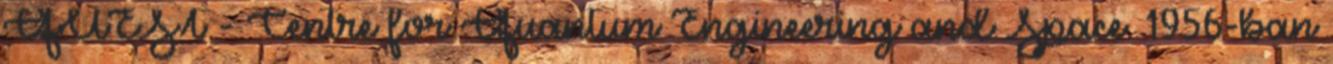
QUEST - Centre for Quantum Engineering and Space. 1956-ban